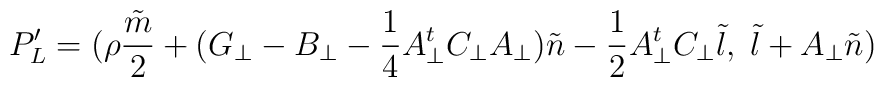
P^{\prime}_{L} = ({\rho}\frac{\tilde m}{2}+(G_{\bot}-B_{\bot}-\frac{1}{4}A_{\bot}^{t}C_{\bot}A_{\bot}){\tilde n}-\frac{1}{2}A_{\bot}^{t}C_{\bot}{\tilde l},\;{\tilde l}+A_{\bot} {\tilde n})